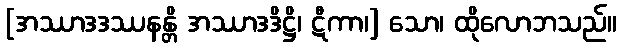
[အဿာဒဒဿနန္တိ အဿာဒဒိဋ္ဌိ၊ ဋီကာ၊] သော၊ ထိုလောဘသည်။